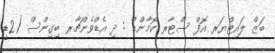
ބަޒް ލައިޓްޔަރ އޮފް ސްޓާރ ކޮމާންޑް : ދި އެޑްވެންޗާރ ބިގިންސް (2ޑީ